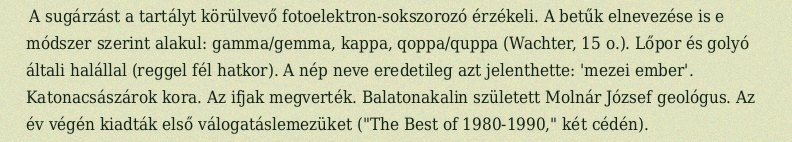
A sugárzást a tartályt körülvevő fotoelektron-sokszorozó érzékeli. A betűk elnevezése is e módszer szerint alakul: gamma/gemma, kappa, qoppa/quppa (Wachter, 15 o.). Lőpor és golyó általi halállal (reggel fél hatkor). A nép neve eredetileg azt jelenthette: 'mezei ember'. Katonacsászárok kora. Az ifjak megverték. Balatonakalin született Molnár József geológus. Az év végén kiadták első válogatáslemezüket ("The Best of 1980-1990," két cédén).